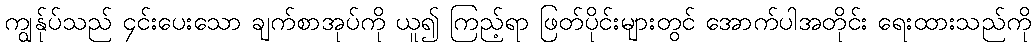
ကျွန်ုပ်သည် ၄င်းပေးသော ချက်စာအုပ်ကို ယူ၍ ကြည့်ရာ ဖြတ်ပိုင်းများတွင် အောက်ပါအတိုင်း ရေးထားသည်ကို